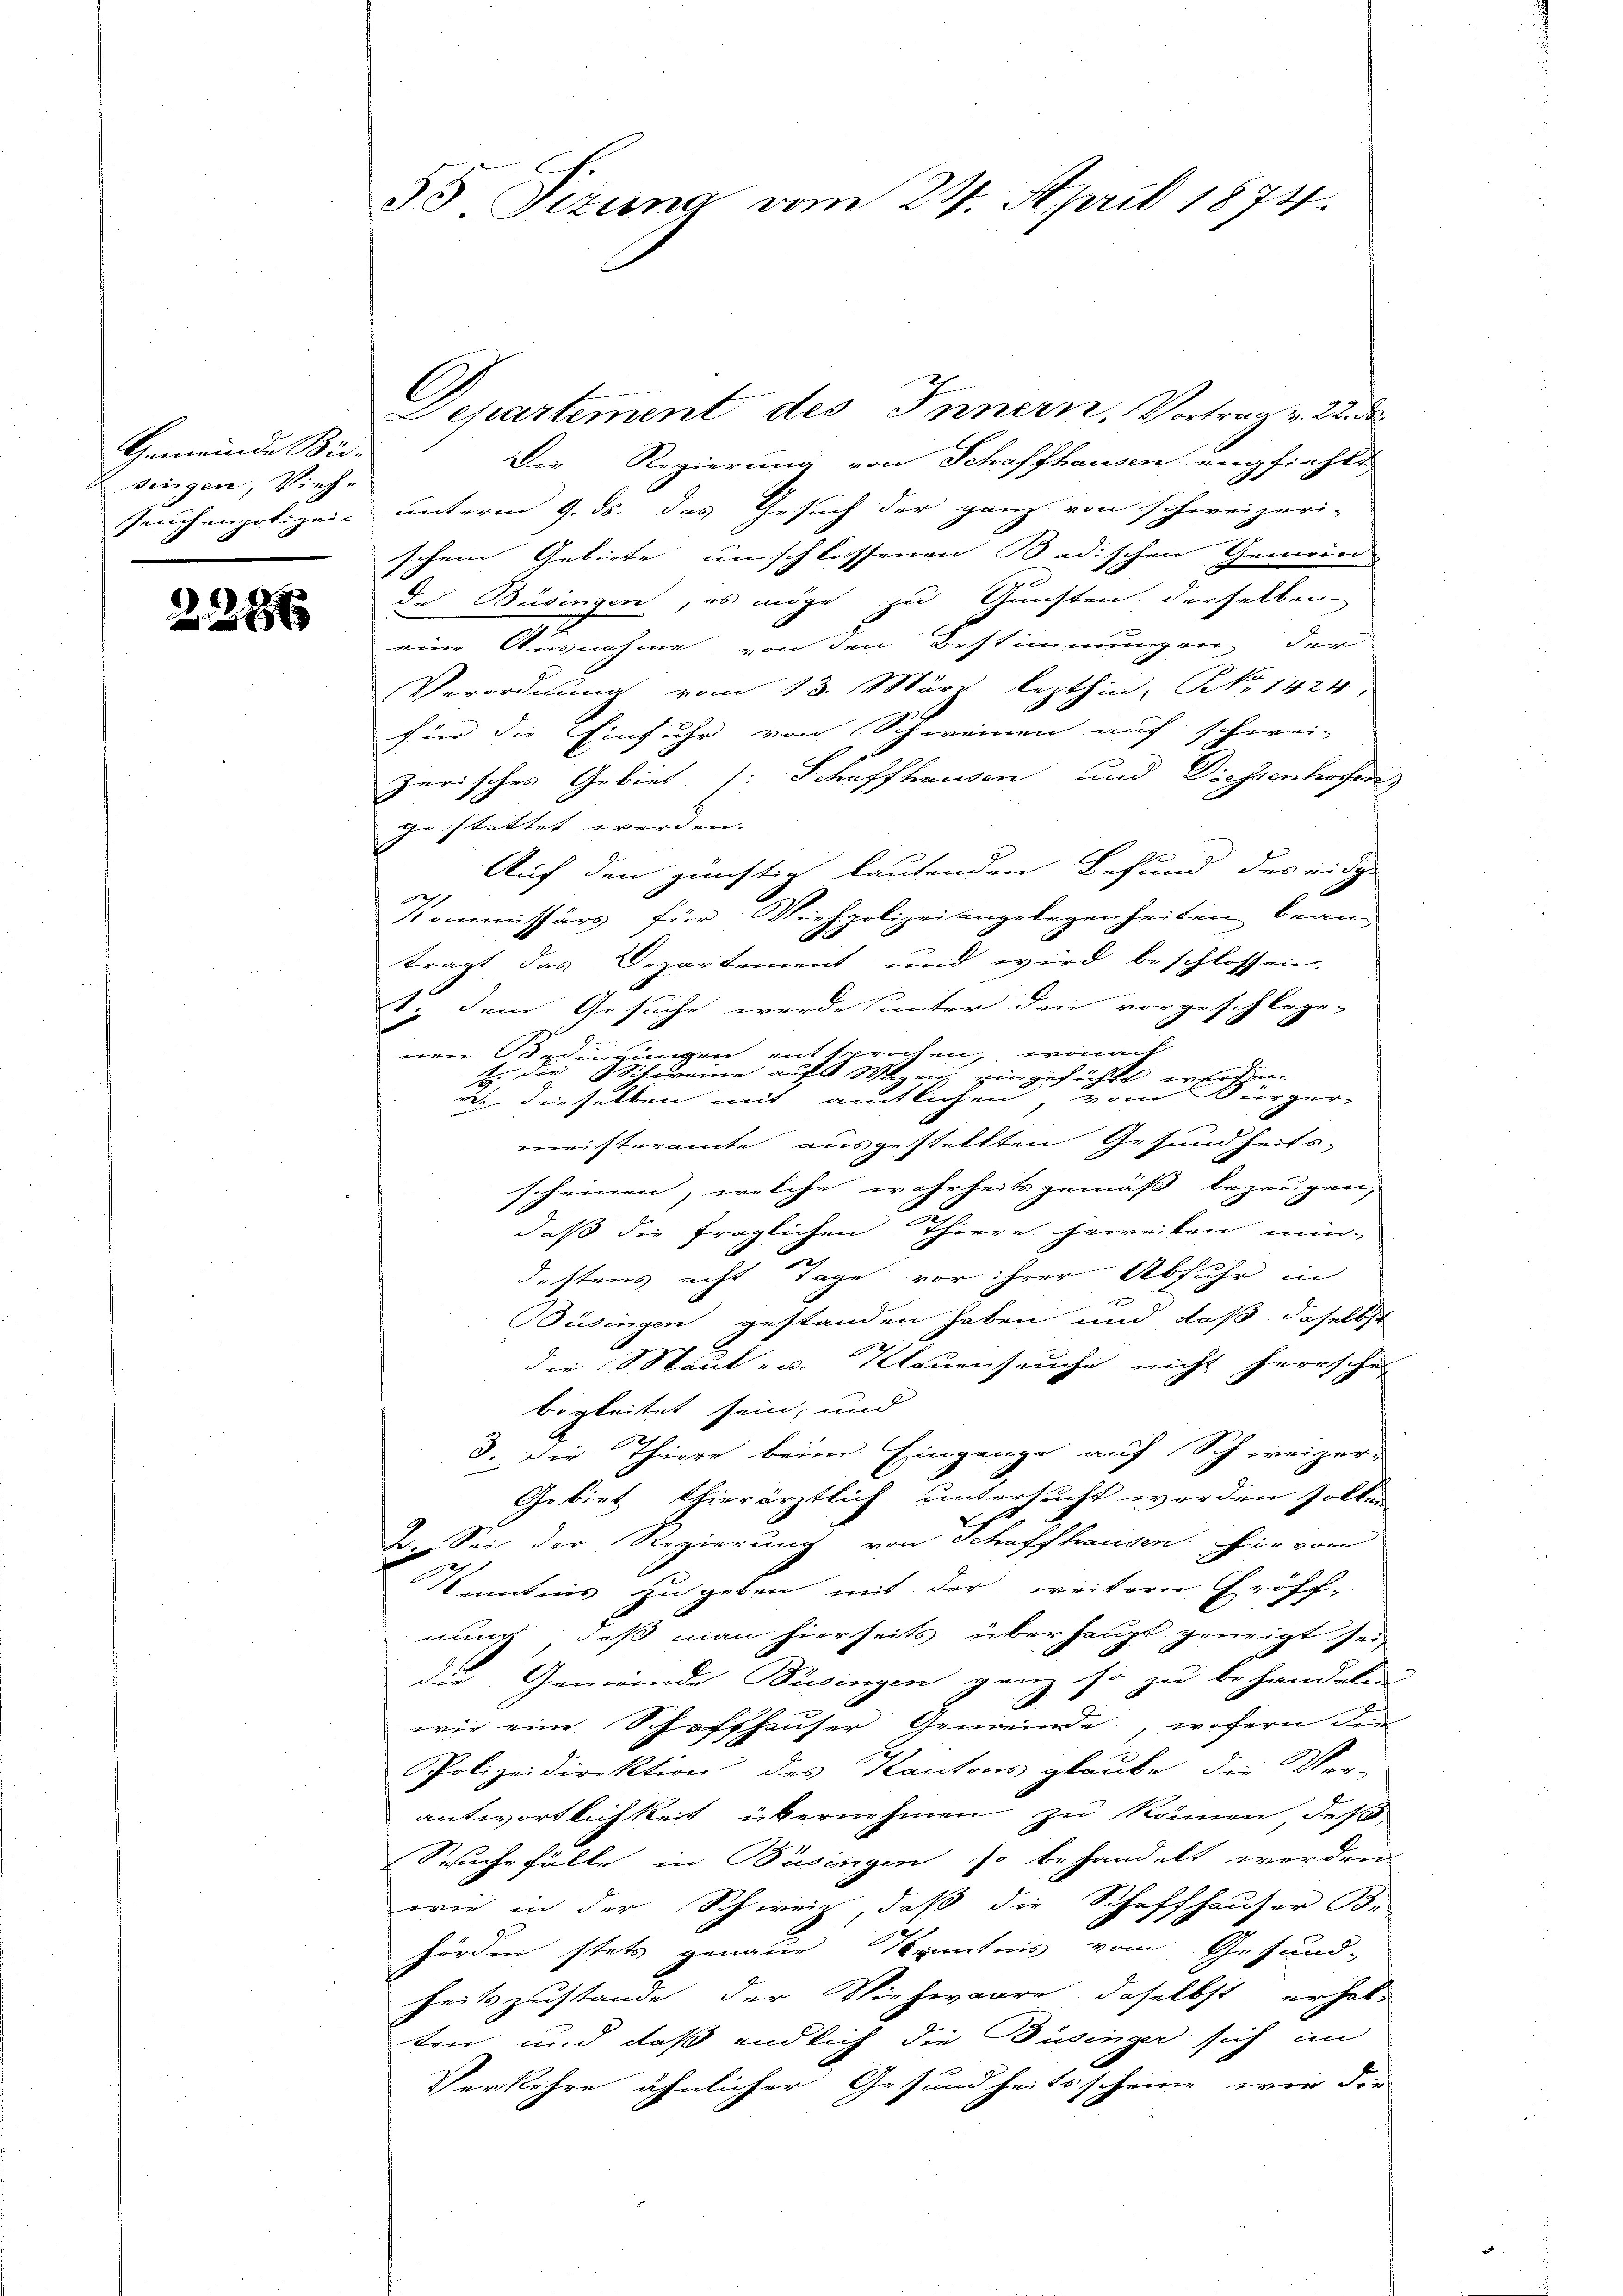
Gemeinde Be-
singen, Vieh-
Teuchenpolizei.

2286

55 Sizung vom 24. April 1874.

Departement des Innern. Vortrag v. 22. da
Die Regierung von Schaffhausen empfiehlt,
unterm 9. ds. das Gesuch der ganz von schweizeri-
schen Gebiete umschlossenen Badischen Gemein
de Büsingen, es möge zu Gunsten derselben
eine Ausnahme von den Bestimmungen der
Verordnung vom 13. März lezthin, No 1424.
für die Einfuhr von Schweinen auf schweiz
zerisches Gebiet (: Schaffhausen und Diessenhofen)
gestattet werden.
Auf den günstig lautenden Befund des eidge
Kommissärs für Viehpolizeiangelegenheiten brang
trägt das Departement und wird beschlossen,
1. dem Gesuche werde unter den vorgeschlage-
eene Bedingungen entsprochen, wona
t die Schweine auf Wagen eingefühlt erhofen.
vom Bürger-
un dieselben mit amtlichen
meisteramte ausgestellten Gesundheits-
scheinen, welche wahrheitsgemäß bezeugen,
daß die fraglichen Thiere heireiten min-
destens acht. Tage vor ihrer Abfuhr in
e
Büsingen gestanden haben und daß daselbst
die Maut- u. Klauenseuche nicht herrschei
begleitet sein; und
3. Die Thiere beim Eingange auf Schweizer-
Gebiet thierärztlich untersucht werden sollen
d
2. Sei der Regierung von Schaffhausen. Die von
Kenntnis zu geben mit der weitern Eröff-
nung, daß man hierseits überhaupt geneigt sei,
Die Gemeinde Busingen ganz so zu behandeln
wie eine Schaffhauser Gemeinde, wofern die
Polizeidirektion des Kantons glaube, die Ver-
antwortlichkeit übernehmen zu können, daß,
Seuche Fälle in Büsingen, so behandelt werden
wie in der Schweiz, daß die Schaffhauser Be
hörden stets genaue Kenntnis vom Gesund-
heitszustande der Viehwaare, daselbst erhalten und daß endlich die Büsinger sich im
Verkehre ähnlicher Gesundheitsscheine wir die